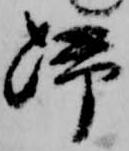
帰